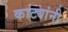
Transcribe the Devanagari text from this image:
काट्यांनी